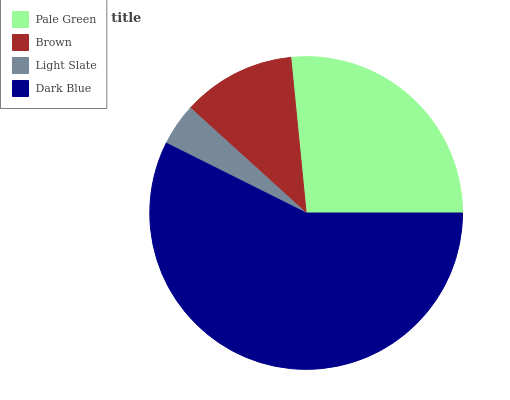
| Pale Green | Brown | Light Slate | Dark Blue |
 | --- | --- | --- | --- |
 | 26.6% | 11.7% | 4.36% | 57.3% |